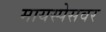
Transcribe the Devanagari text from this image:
मायस्पेसवर